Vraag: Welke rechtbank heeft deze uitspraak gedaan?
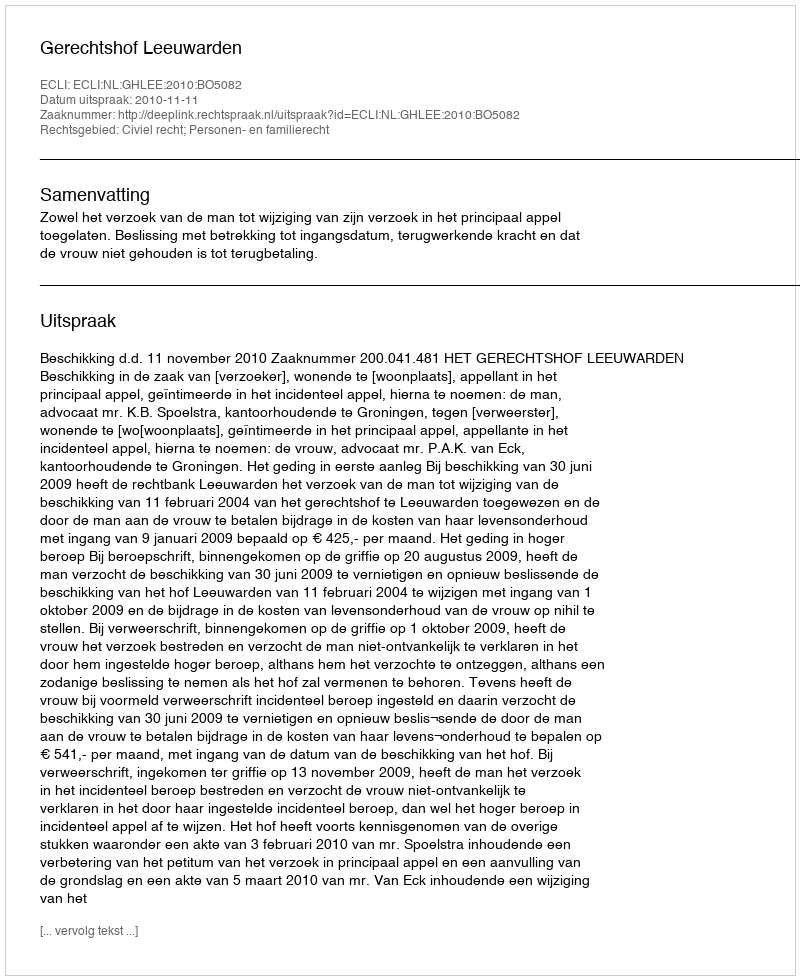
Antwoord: Gerechtshof Leeuwarden